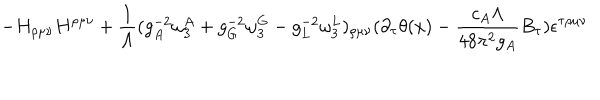
LaTeX: - H _ { \rho \mu \nu } H ^ { \rho \mu \nu } + { \frac { 1 } { \Lambda } } ( g _ { A } ^ { - 2 } \omega _ { 3 } ^ { A } + g _ { G } ^ { - 2 } \omega _ { 3 } ^ { G } - g _ { L } ^ { - 2 } \omega _ { 3 } ^ { L } ) _ { \rho \mu \nu } ( \partial _ { \tau } \theta ( x ) - { \frac { c _ { A } \Lambda } { 4 8 \pi ^ { 2 } g _ { A } } } B _ { \tau } ) \epsilon ^ { \tau \rho \mu \nu }